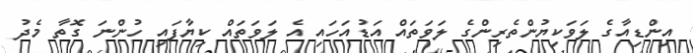
އިންޑިއާގެ ލަވަކިޔުންތެރިންގެ ލަވަތައް އަޑުއަހައި އެ ލަވަތައް ކިޔާފައި ހުންނަ ގޮތާ މެދު